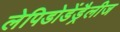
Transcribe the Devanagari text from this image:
लेपिडोडेंड्रैलीज